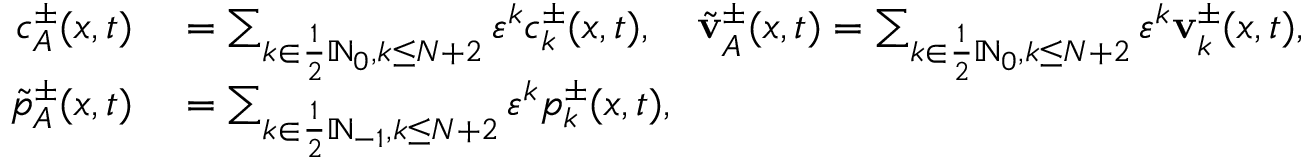
\begin{array} { r l } { c _ { A } ^ { \pm } ( x , t ) } & { { } = \sum _ { k \in \frac 1 2 \ensuremath { \mathbb { N } } _ { 0 } , k \leq N + 2 } \ensuremath { \varepsilon } ^ { k } c _ { k } ^ { \pm } ( x , t ) , \quad \tilde { \mathbf { v } } _ { A } ^ { \pm } ( x , t ) = \sum _ { k \in \frac 1 2 \ensuremath { \mathbb { N } } _ { 0 } , k \leq N + 2 } \ensuremath { \varepsilon } ^ { k } \mathbf { v } _ { k } ^ { \pm } ( x , t ) , } \\ { \tilde { p } _ { A } ^ { \pm } ( x , t ) } & { { } = \sum _ { k \in \frac 1 2 \ensuremath { \mathbb { N } } _ { - 1 } , k \leq N + 2 } \ensuremath { \varepsilon } ^ { k } p _ { k } ^ { \pm } ( x , t ) , } \end{array}